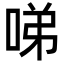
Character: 㖒